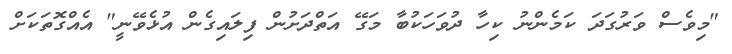
"މިވެސް ވަރުގަދަ ކަމެންނު ކިހާ ދުވަހަކުބާ މަގޭ އަތްދަށުން ފިލައިގެން އުޅެވޭނީ" އެއްގޮތަކަށް